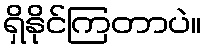
ရှိနိုင်ကြတာပဲ။